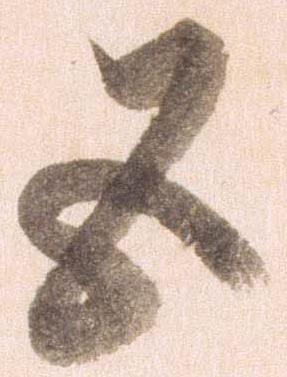
五